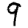
Digit: 9